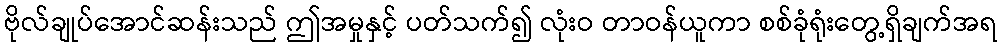
ဗိုလ်ချုပ်အောင်ဆန်းသည် ဤအမှုနှင့် ပတ်သက်၍ လုံးဝ တာဝန်ယူကာ စစ်ခုံရုံးတွေ့ရှိချက်အရ